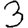
Digit: 3